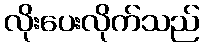
လိုးပေးလိုက်သည်